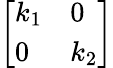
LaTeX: \left[\begin{array}{ll}{k_{1}}&{0}\\ {0}&{k_{2}}\end{array}\right]